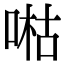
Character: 喖